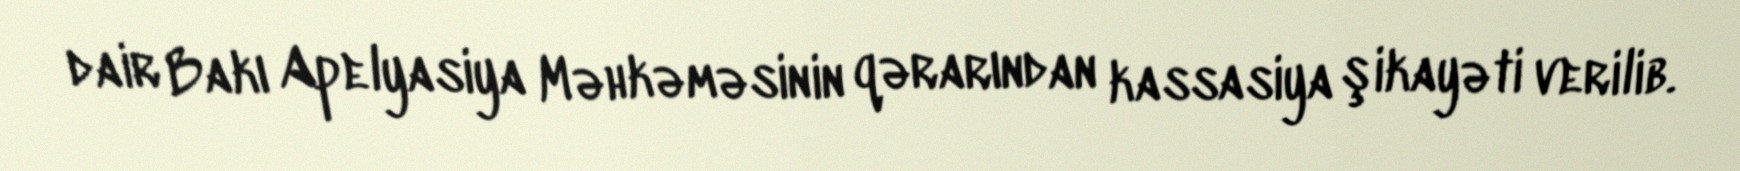
dair Bakı Apelyasiya Məhkəməsinin qərarından kassasiya şikayəti verilib.